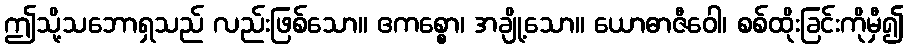
ဤသို့သဘောရှသည် လည်းဖြစ်သော။ ဧကစ္စော၊ အချို့သော။ ယောဓာဇီဝေါ၊ စစ်ထိုးခြင်းကိုမှီ၍